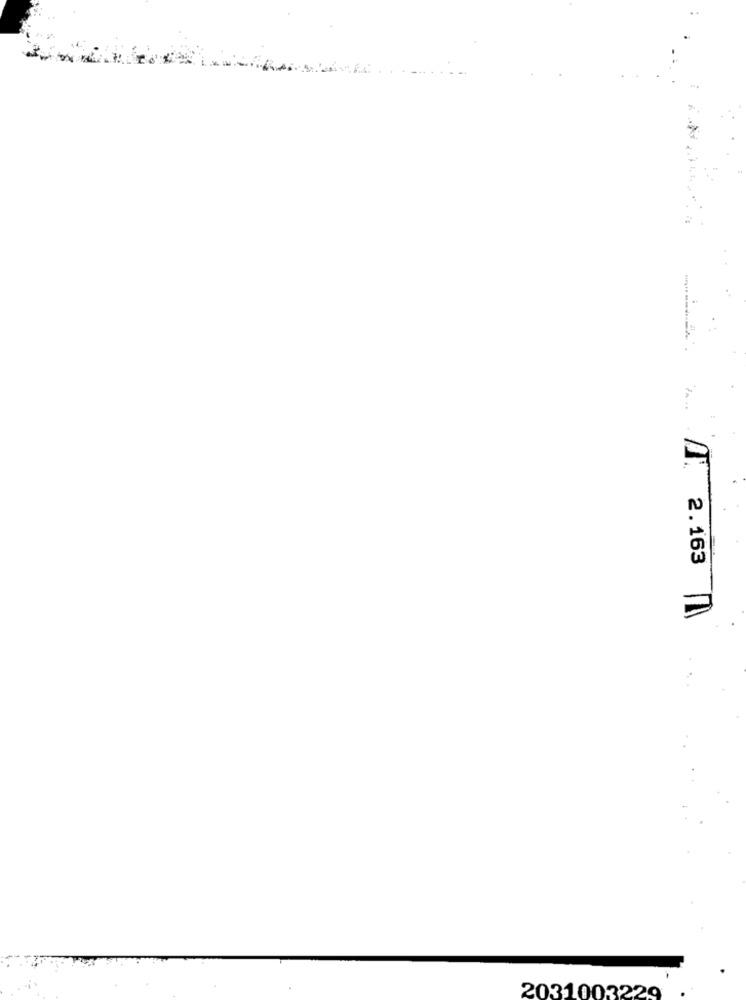
2.163
2031003229